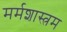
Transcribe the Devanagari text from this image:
मर्मशास्त्रम